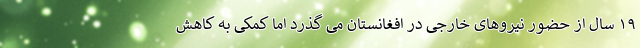
۱۹ سال از حضور نیروهای خارجی در افغانستان می گذرد اما کمکی به کاهش